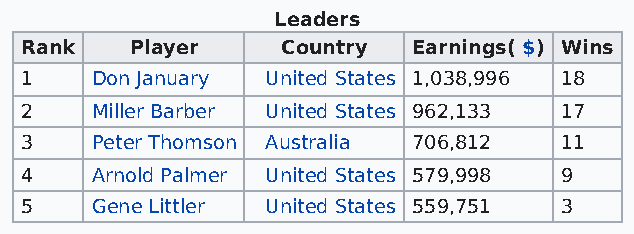
Leaders
 Rank    Player    Country Earnings( $) Wins
 1    Don January United States 1,038,996 18
 2    Miller Barber United States 962,133 17
 3    Peter Thomson Australia 706,812 11
 4    Arnold Palmer United States 579,998 9
 5    Gene Littler United States 559,751 3